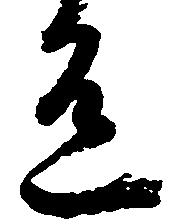
有